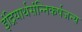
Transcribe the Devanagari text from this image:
इंद्रियार्थसंन्निकर्षजन्य